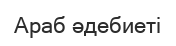
Араб әдебиеті